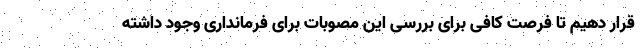
قرار دهیم تا فرصت کافی برای بررسی این مصوبات برای فرمانداری وجود داشته